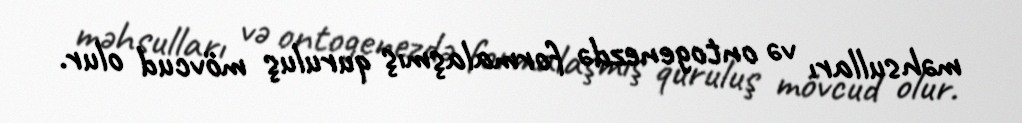
məhsulları və ontogenezdə formalaşmış quruluş mövcud olur.